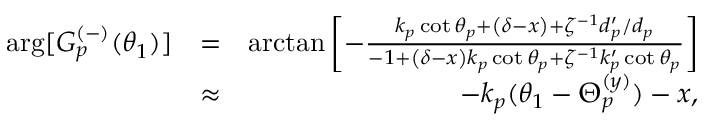
\begin{array} { r l r } { \arg [ G _ { p } ^ { ( - ) } ( \theta _ { 1 } ) ] } & { = } & { \arctan \left[ - \frac { k _ { p } \cot \theta _ { p } + \left( \delta - x \right) + \zeta ^ { - 1 } d _ { p } ^ { \prime } / d _ { p } } { - 1 + \left( \delta - x \right) k _ { p } \cot \theta _ { p } + \zeta ^ { - 1 } k _ { p } ^ { \prime } \cot \theta _ { p } } \right] } \\ & { \approx } & { - k _ { p } ( \theta _ { 1 } - \Theta _ { p } ^ { ( y ) } ) - x , } \end{array}